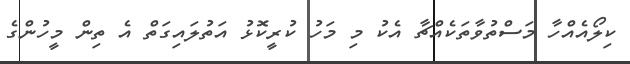
ކިލޯއެއްހާ މަސްތުވާތަކެއްޗާ އެކު މި މަހު ކުރީކޮޅު އަތުލައިގަތް އެ ތިން މީހުންގެ